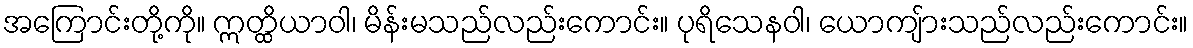
အကြောင်းတို့ကို။ ဣတ္ထိယာဝါ၊ မိန်းမသည်လည်းကောင်း။ ပုရိသေနဝါ၊ ယောကျ်ားသည်လည်းကောင်း။